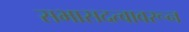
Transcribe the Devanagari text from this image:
सभासदत्वावरून